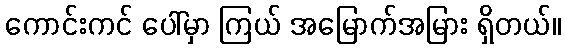
ကောင်းကင် ပေါ်မှာ ကြယ် အမြောက်အမြား ရှိတယ်။